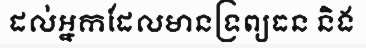
ដល់អ្នកដែលមានទ្រព្យធន និង